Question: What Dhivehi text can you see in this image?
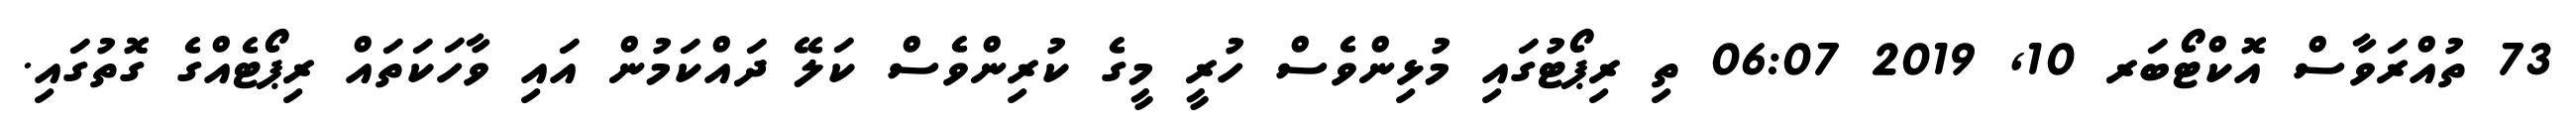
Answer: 73 ތުއްރަވާސް އޮކްޓޯބަރ 10, 2019 06:07 ތި ރިޕޯޓުގައި މުޅިންވެސް ހުރީ މީގެ ކުރިންވެސް ކަލޭ ދައްކަމުން އައި ވާހަކަތައް ރިޕޯޓެއްގެ ގޮތުގައި.